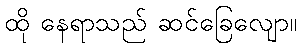
ထို နေရာသည် ဆင်ခြေလျော။